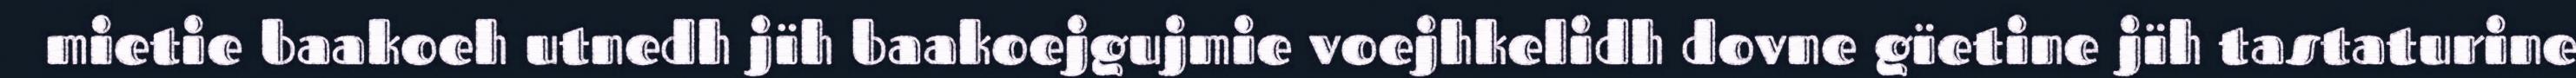
mietie baakoeh utnedh jïh baakoejgujmie voejhkelidh dovne gïetine jïh tastaturine